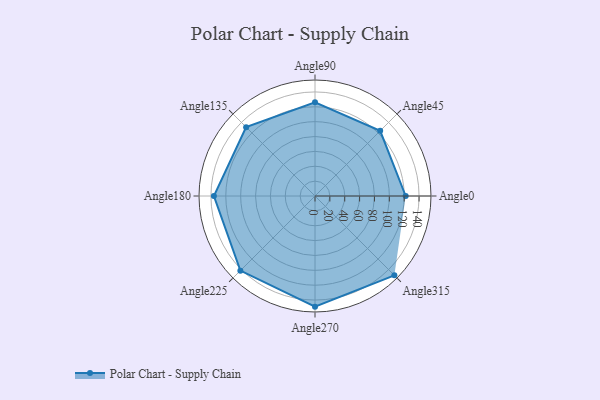
{"axis": {"x": "Angle", "y": "Radius"}, "legend": [""], "data": [{"x": "Angle0", "y": 122.0, "type": ""}, {"x": "Angle45", "y": 124.0, "type": ""}, {"x": "Angle90", "y": 126.0, "type": ""}, {"x": "Angle135", "y": 131.0, "type": ""}, {"x": "Angle180", "y": 136.0, "type": ""}, {"x": "Angle225", "y": 142.0, "type": ""}, {"x": "Angle270", "y": 149.0, "type": ""}, {"x": "Angle315", "y": 151.0, "type": ""}]}